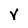
Character: V